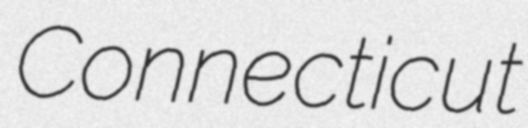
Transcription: Connecticut